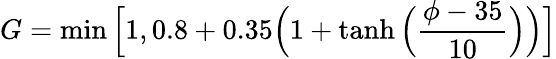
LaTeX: G=\operatorname*{min}\Big[1,0.8+0.35\Big(1+\operatorname{tanh}\Big(\frac{\phi-35}{10}\Big)\Big)\Big]